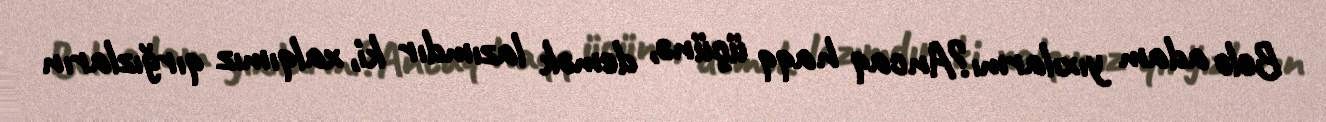
Belə adam yıxılarmı?Ancaq haqq üçünə, demək lazımdır ki, xalqımız qırğızların